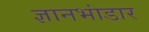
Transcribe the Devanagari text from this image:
ज्ञानभांडार